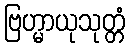
ဗြဟ္မာယုသုတ္တံ